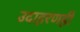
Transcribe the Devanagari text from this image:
उदाहरणही